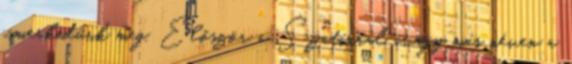
ismerkedünk meg. Először a Szatírral avagy más néven a